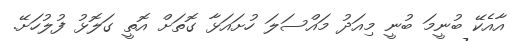
އާއެކޭ ބުނީމަ ބުނީ މިއަދު މައްސަލަ ހުށައަޅާ ގޮތަށް އޮތީ ގަލޮޅު ފުލުހަށޭ.